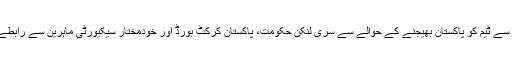
سری لنکن کرکٹ بورڈ کے بیان میں مزید کہا گیا کہ گزشتہ دو ماہ سے ٹیم کو پاکستان بھیجنے کے حوالے سے سری لنکن حکومت، پاکستان کرکٹ بورڈ اور خودمختار سیکیورٹی ماہرین سے رابطے جاری تھے اور صورتحال کا باریک بینی سے جائزہ لیا جارہا تھا۔